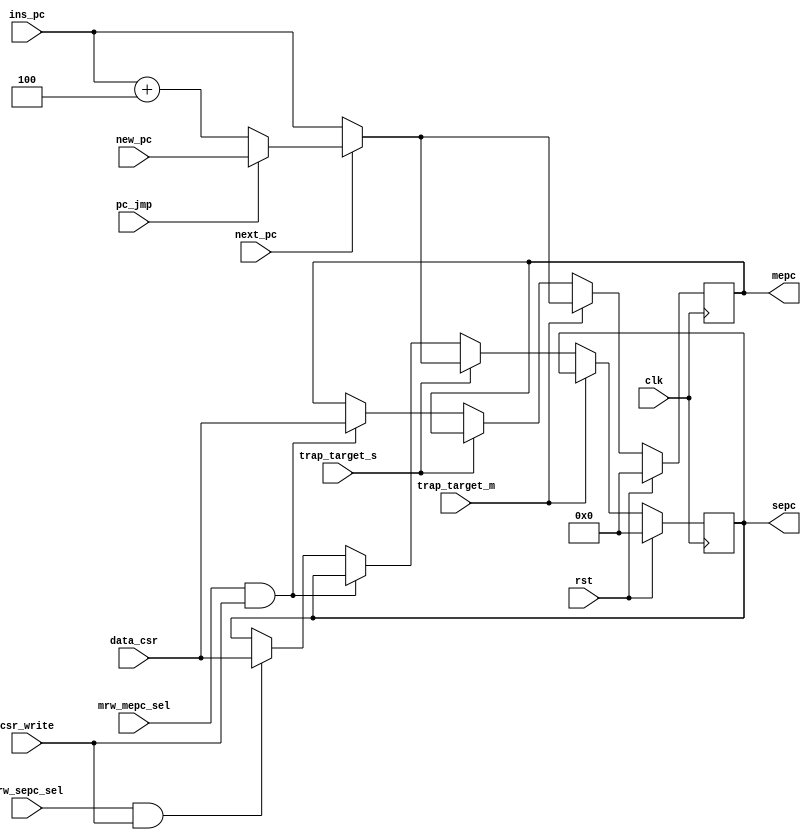
module m_s_epc(
input wire clk,
input wire rst,

//trap
input wire trap_target_m,
input wire trap_target_s,
input wire next_pc,

//
input wire [63:0]ins_pc,
input wire [63:0]new_pc,
input wire pc_jmp,
input wire mrw_mepc_sel,
input wire srw_sepc_sel,
input wire csr_write,
output reg [63:0]mepc,
output reg [63:0]sepc,
input wire [63:0]data_csr

);
//xepc
always@(posedge clk)begin
	if(rst)begin
		mepc	<=	64'b0;
		sepc	<=	64'b0;
	end
	//pcmepcpc
	else if(trap_target_m)begin
		mepc	<=	next_pc ? (pc_jmp ? new_pc : ins_pc + 64'd4) : ins_pc;
	end
	else if(trap_target_s)begin
		sepc	<=	next_pc ? (pc_jmp ? new_pc : ins_pc + 64'd4) : ins_pc;
	end
	else if(mrw_mepc_sel & csr_write)begin
		mepc	<=	data_csr;
	end
	else if(srw_sepc_sel & csr_write)begin
		sepc	<=	data_csr;
	end
end

endmodule